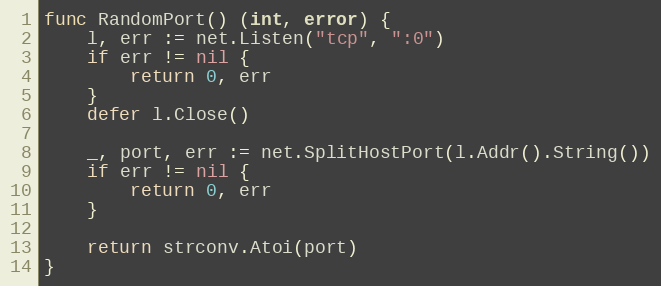
Language: Go
func RandomPort() (int, error) {
	l, err := net.Listen("tcp", ":0")
	if err != nil {
		return 0, err
	}
	defer l.Close()

	_, port, err := net.SplitHostPort(l.Addr().String())
	if err != nil {
		return 0, err
	}

	return strconv.Atoi(port)
}